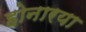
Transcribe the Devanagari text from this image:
होनारया